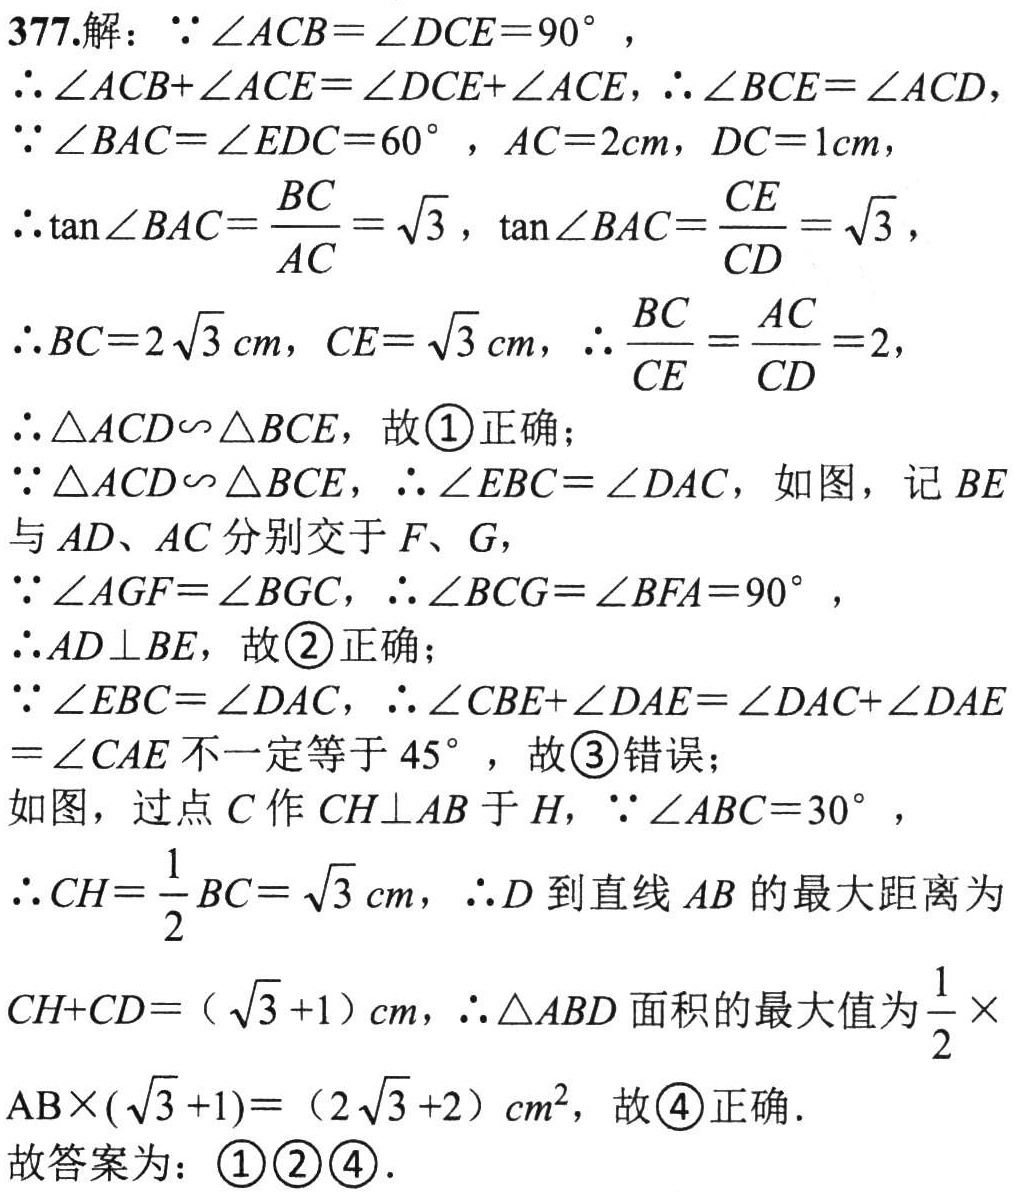
377.解：\(\because\angle ACB = \angle DCE = 90^{\circ}\)，
\(\therefore\angle ACB+\angle ACE=\angle DCE+\angle ACE\)，\(\therefore\angle BCE=\angle ACD\)，
\(\because\angle BAC = \angle EDC = 60^{\circ}\)，\(AC = 2cm\)，\(DC = 1cm\)，
\(\therefore\tan\angle BAC=\frac{BC}{AC}=\sqrt{3}\)，\(\tan\angle BAC=\frac{CE}{CD}=\sqrt{3}\)，
\(\therefore BC = 2\sqrt{3}cm\)，\(CE=\sqrt{3}cm\)，\(\therefore\frac{BC}{CE}=\frac{AC}{CD}=2\)，
\(\therefore\triangle ACD\backsim\triangle BCE\)，故\textcircled{1}正确；
\(\because\triangle ACD\backsim\triangle BCE\)，\(\therefore\angle EBC=\angle DAC\)，如图，记\(BE\)
与\(AD\)、\(AC\)分别交于\(F\)、\(G\)，
\(\because\angle AGF=\angle BGC\)，\(\therefore\angle BCG=\angle BFA = 90^{\circ}\)，
\(\therefore AD\perp BE\)，故\textcircled{2}正确；
\(\because\angle EBC=\angle DAC\)，\(\therefore\angle CBE+\angle DAE=\angle DAC+\angle DAE\)
\(=\angle CAE\)不一定等于\(45^{\circ}\)，故\textcircled{3}错误；
如图，过点\(C\)作\(CH\perp AB\)于\(H\)，\(\because\angle ABC = 30^{\circ}\)，
\(\therefore CH=\frac{1}{2}BC=\sqrt{3}cm\)，\(\therefore D\)到直线\(AB\)的最大距离为
\(CH + CD=(\sqrt{3}+1)cm\)，\(\therefore\triangle ABD\)面积的最大值为\(\frac{1}{2}\times\)
\(AB\times(\sqrt{3}+1)=(2\sqrt{3}+2)cm^{2}\)，故\textcircled{4}正确．
故答案为：\textcircled{1}\textcircled{2}\textcircled{4}．